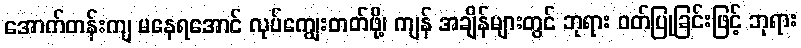
အောက်တန်းကျ မနေရအောင် လုပ်ကျွေးတတ်ဖို့၊ ကျန် အချိန်များတွင် ဘုရား ဝတ်ပြုခြင်းဖြင့် ဘုရား